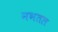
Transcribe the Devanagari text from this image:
नभतल